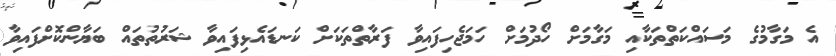
އެ މަގާމުގެ މަސައްކަތްތަކާއި މަގާމަށް ހޯދުމަށް ހަމަޖެހިފައިވާ ފަރާތްތަކަށް ކަނޑައެޅިފައިވާ ޝަރުތުތައް ބަޔާންކޮށްފައިވާ